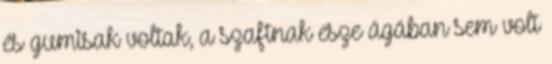
és gumisak voltak, a szaftnak esze ágában sem volt